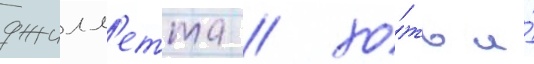
джилл'етта / хо́ть и́